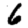
Digit: 6